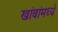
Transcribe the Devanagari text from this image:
खांबांमध्ये